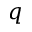
q